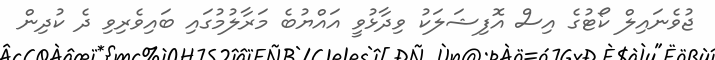
ޖުވެނައިލް ކޯޓުގެ އިސް އޮފިޝަލަކު ވިދާޅުވީ އައްޔުބެ މަރާލުމުގައި ބައިވެރިވި ދެ ކުދިން